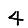
Digit: 4